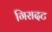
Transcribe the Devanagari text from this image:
गिरादट